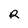
Character: R